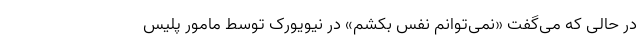
در حالی که می‌گفت «نمی‌توانم نفس بکشم» در نیویورک توسط مامور پلیس